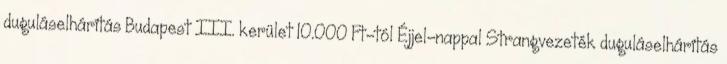
duguláselhárítás Budapest III. kerület 10.000 Ft-tól Éjjel-nappal Strangvezeték duguláselhárítás